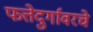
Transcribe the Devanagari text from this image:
फत्तेदुर्गावरचे